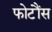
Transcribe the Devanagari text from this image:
फोटौंस